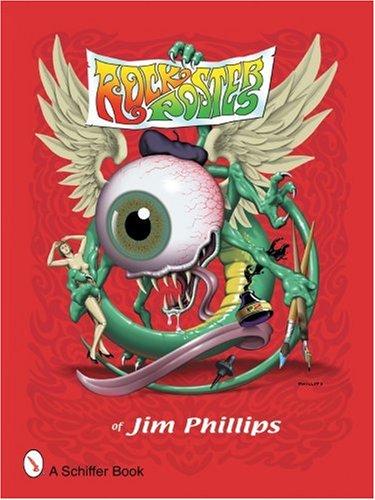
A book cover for Rock Posters of Jim Phillips; Jim Phillips; Crafts, Hobbies & Home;